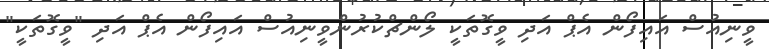
ވީނިއުސް އައިފޯން އެޕް އަދި ވީގޮތަކީ ލޯންޗްކުރުންވީނިއުސް އައިފޯން އެޕް އަދި "ވީގޮތަކީ"